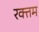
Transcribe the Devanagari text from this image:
रक्तम